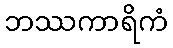
ဘဿကာရိကံ